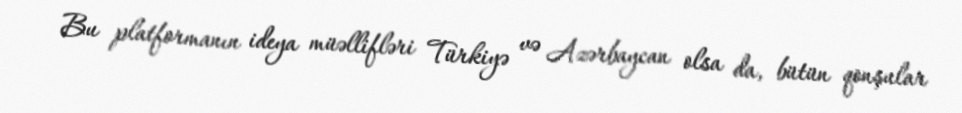
Bu platformanın ideya müəllifləri Türkiyə və Azərbaycan olsa da, bütün qonşular